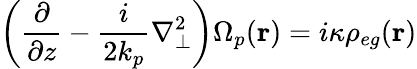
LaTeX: \left(\frac{\partial}{\partial z}-\frac{i}{2k_{p}}\nabla_{\bot}^{2}\right)\Omega_{p}(\mathbf{r})=i\kappa\rho_{eg}(\mathbf{r})